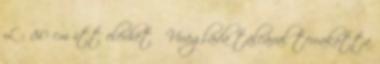
L - 80 cm itt elérhető Virágláda tálcával terrakotta